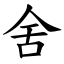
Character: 舍